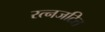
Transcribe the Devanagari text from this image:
रत्नजटित